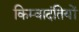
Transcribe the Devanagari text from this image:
किम्वादंतियों